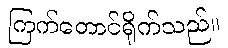
ကြက်တောင်ရိုက်သည်။